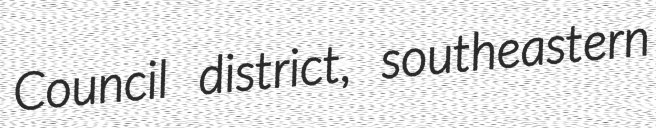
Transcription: Council district, southeastern